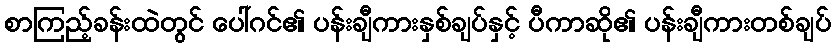
စာကြည့်ခန်းထဲတွင် ပေါ်ဂင်၏ ပန်းချီကားနှစ်ချပ်နှင့် ပီကာဆို၏ ပန်းချီကားတစ်ချပ်